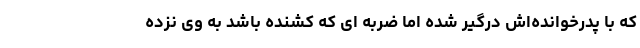
که با پدرخوانده‌اش درگیر شده اما ضربه ای که کشنده باشد به وی نزده